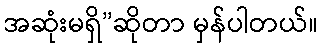
အဆုံးမရှိ”ဆိုတာ မှန်ပါတယ်။